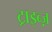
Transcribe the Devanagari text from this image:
ट्राइब्ज़